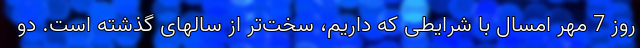
روز 7 مهر امسال با شرایطی که داریم، سخت‌تر از سالهای گذشته است. دو